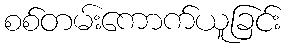
စစ်တမ်းကောက်ယူခြင်း